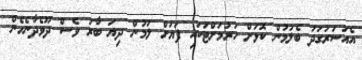
އެއަސަރުގަދަ ބެލުމުން ކޮޅަށް ހުރުމަށްޓަކައި ފަޔަށް ލަމުން ދިޔަ ބާރު ވެސް ދޫވެދާނެހެން